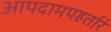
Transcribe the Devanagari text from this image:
आपदामपहर्तारं